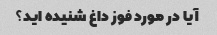
آیا در مورد فوز داغ شنیده اید؟